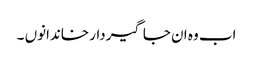
اب وہ ان جاگیردار خاندانوں ۔